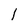
Character: 1